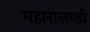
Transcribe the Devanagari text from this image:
महारासण्डी